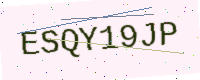
Text: ESQY19JP